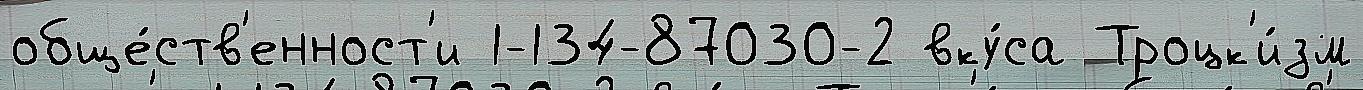
обще́ств'енност'и 1-134-87030-2 вку́са Троцк'и́зм